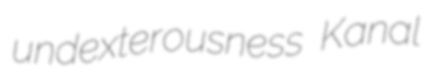
undexterousness Kanal